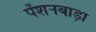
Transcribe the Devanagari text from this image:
पेंशनबाड़ा